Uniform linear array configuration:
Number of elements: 16
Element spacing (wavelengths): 0.75
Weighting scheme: cosine
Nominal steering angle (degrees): -15
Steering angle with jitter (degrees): -16.807
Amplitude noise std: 0.05
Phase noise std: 0.05

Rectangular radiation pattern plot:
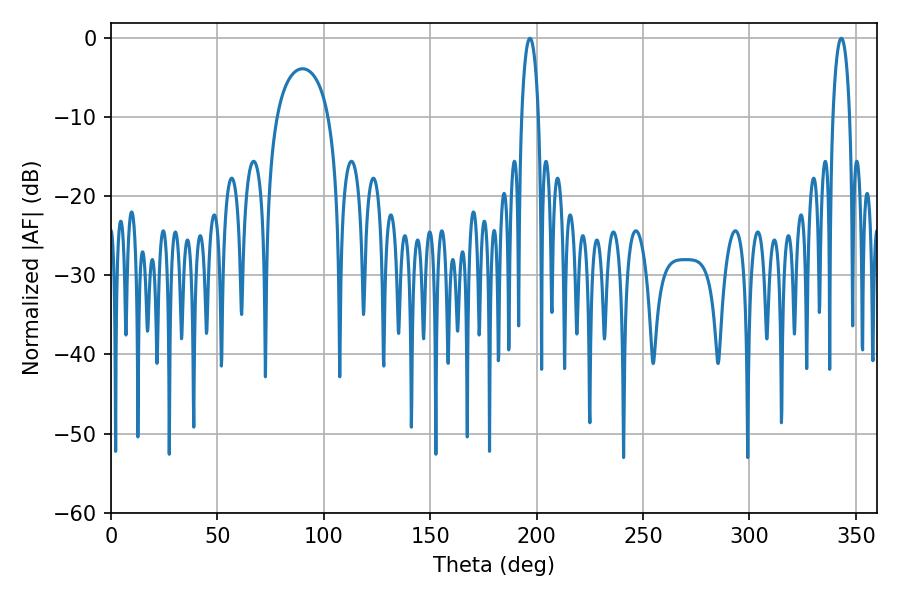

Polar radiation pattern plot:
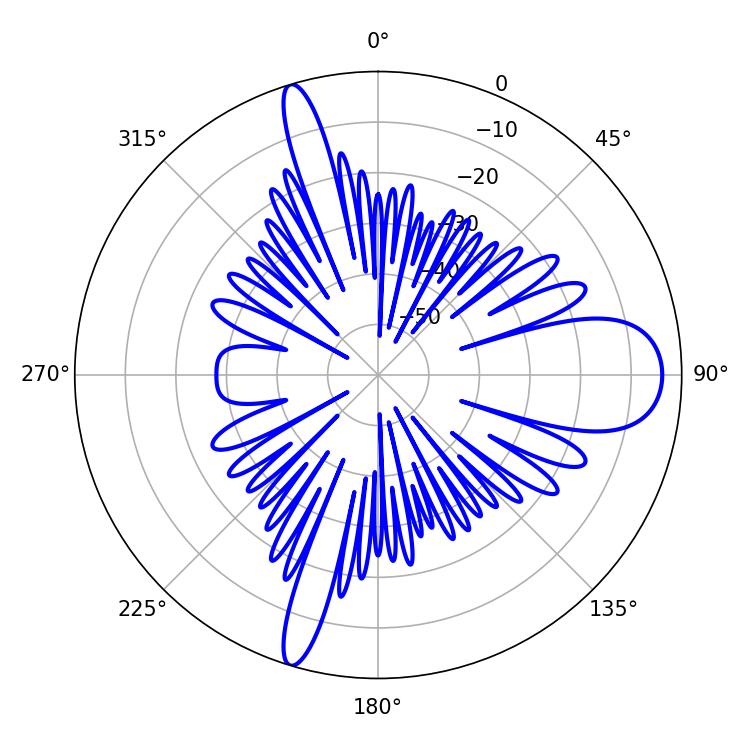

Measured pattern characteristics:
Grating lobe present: TRUE
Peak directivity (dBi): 13.76
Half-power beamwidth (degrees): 4.5
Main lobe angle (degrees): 343.08